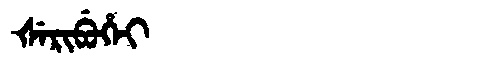
Manchu: ᡧᡝᡵᡳᠪᡠᡥᡝᡳ
Romanization: ŠERIBUHEI